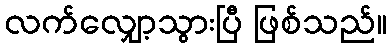
လက်လျှော့သွားပြီ ဖြစ်သည်။